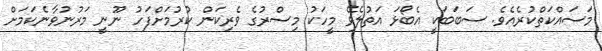
މަސައްކަތްކުރެއެވެ. ސަބަބަކީ އެބޯޅަ އަތުލެވޭ މީހަކު މިސްރުގެ ވެރިކަން ކުރުމަށްފަހު ނޫނީ މަރުނުވާނެކަމަށް